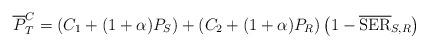
LaTeX: \begin{align*} \overline{P}^{C}_{T} = \left( C_{1} + (1 + \alpha)P_{S}\right) + \left(C_{2}+ (1 + \alpha) {P}_{R}\right) \left(1 - \overline{\rm SER}_{S,R} \right) \end{align*}